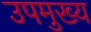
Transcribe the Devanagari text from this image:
उपमुख्य